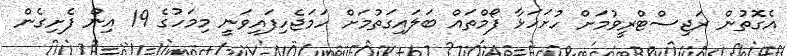
އެގޮތުން ރަޖިސްޓްރީވުމަށް ހުށަހަޅާ ފޯމްތައް ބަލައިގަތުމަށް ހަމަޖެހިފައިވަނީ މިމަހުގެ 19 އިން ފެށިގެން